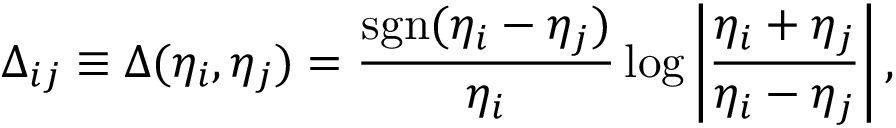
\Delta _ { i j } \equiv \Delta ( \eta _ { i } , \eta _ { j } ) = \frac { \mathrm { s g n } ( \eta _ { i } - \eta _ { j } ) } { \eta _ { i } } \log \left| \frac { \eta _ { i } + \eta _ { j } } { \eta _ { i } - \eta _ { j } } \right| ,